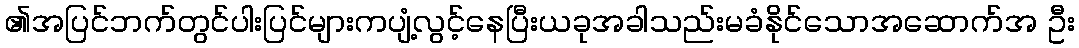
၏အပြင်ဘက်တွင်ပါးပြင်များကပျံ့လွင့်နေပြီးယခုအခါသည်းမခံနိုင်သောအဆောက်အ ဦး